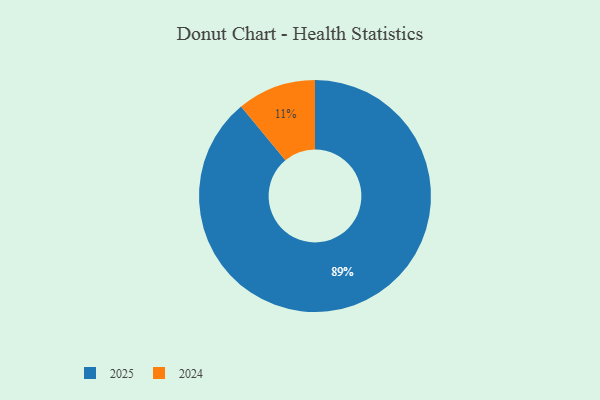
{"axis": {"x": "Category", "y": "Percentage"}, "legend": ["2024", "2025"], "data": [{"x": "2024", "y": 11, "type": "2024"}, {"x": "2025", "y": 89, "type": "2025"}]}